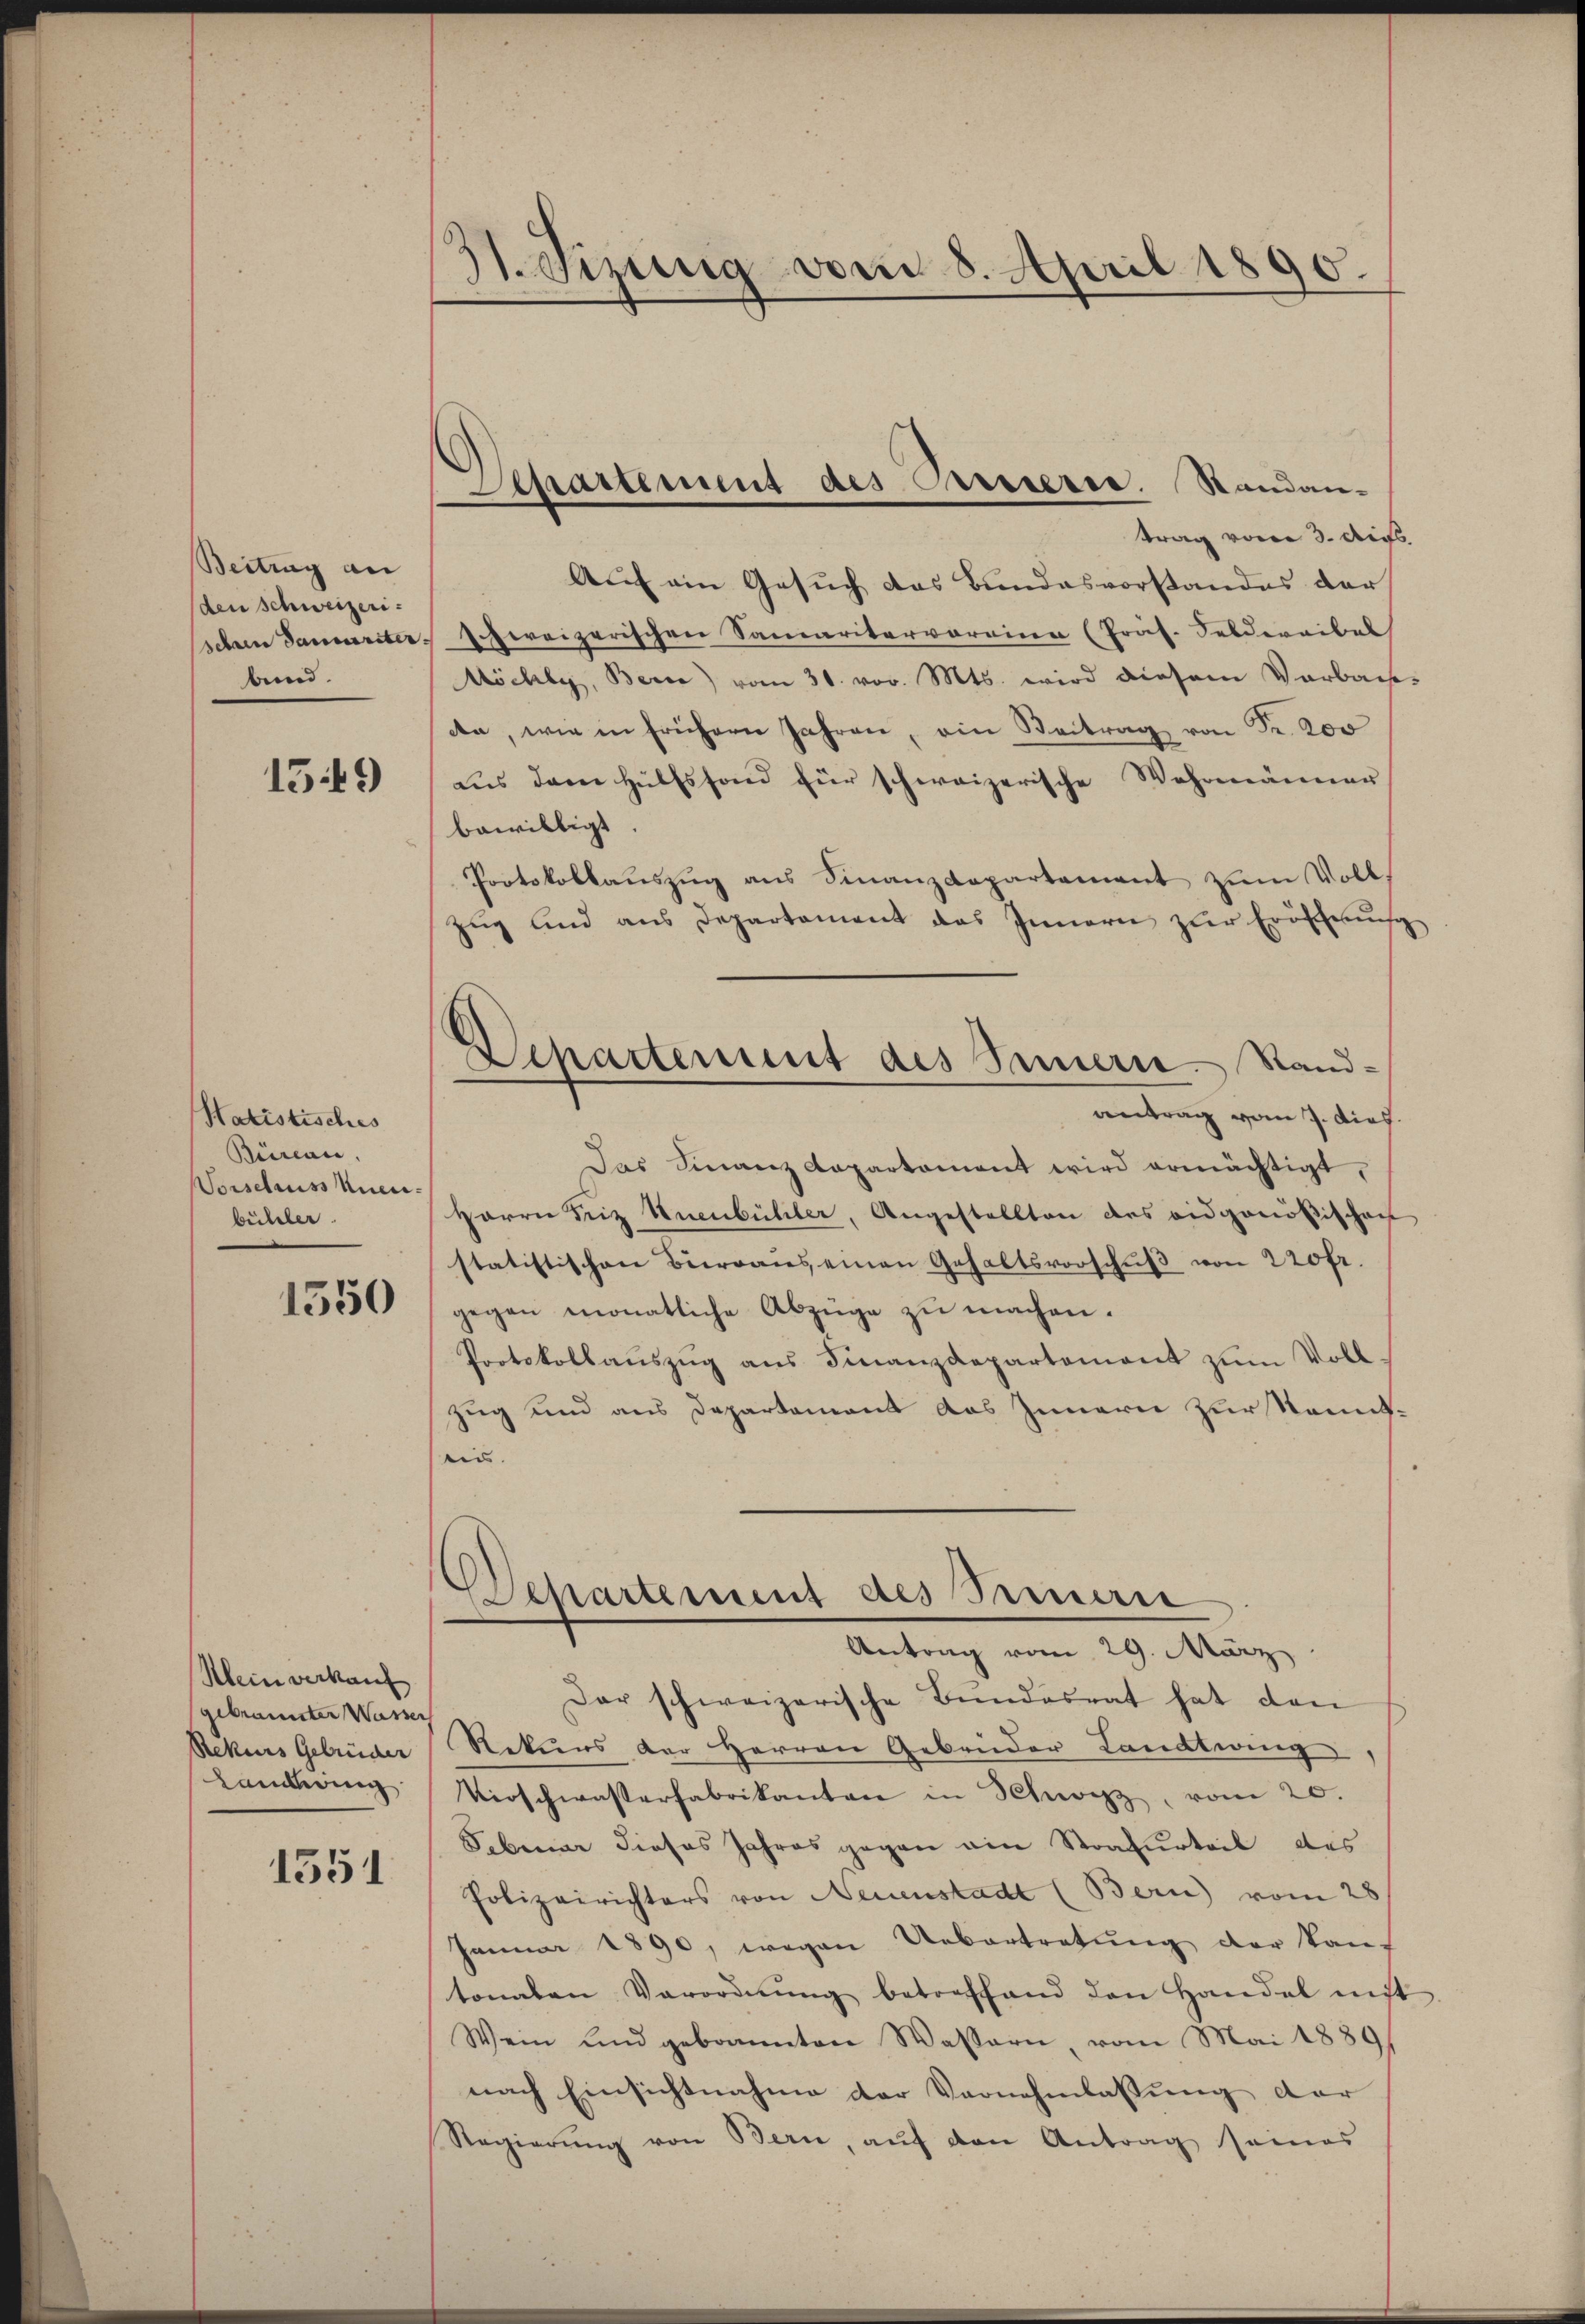
Beitrag an
den Schweizerisehain Samariter
bund.

1549

Hatistisches
Büreau.
Vorschaus Aner-
büller.

1550

Klein verkauf
gebräunter Wasser
Rekurs Gebrüder
Landring

1551

St. Gesung vom 8. April 1890.

Separtenung des Casserse. Standan-

Dchartement des Innern. Stand-
antrag vom 7. dies.

trag vom 3. Au
Auf ein Gesuch das Bundesvorstandes der
opereizerischen Samaritervoreien (Präs. Soldereibel
Möchly, Beren vom 31. vor. Mts. wird diesem Vorbau-
an, wie in früherer Jahren, ein Beitrag von Fr. 200
aŭs dem Hülfsfond für schweizerische Wahrmänner
bewilligt.
Protokollauszug aus Finanzdepartement zum Volls
Zug und aus Departament das Innern zur Eröschnung
Das Finanzdepartament wird ermächtigt,
Herrn Friz Huenbühler, Angestellten des eidgenößischen
statistischen Büreaus einen Gehaltsvorschŭβ von 220 fr.
gegen monatliche Abzüge zu machen.
Protokollaŭszŭg aŭs Finanzdepartement zŭm Voll-
zug und aus Departement das Innern zur Kennteis.
Departement des Seinern
Antrag vom 29. März
Dar schweizerische Bundesrat hat den
Rekŭrs der Herren Gebrüder Landtwing
Verschwasserfabrikanton in Schwyz, vom 20.
Februar dieses Jahres gegen ain Strafurteil des
Polizeirichters von Neuenstadt (Bern) vom 28
Januar 1890, wegen Uebertretung der aus
tonalen Verordnŭng betreffend den Handel mit
Wen und gebrannten Wassern, vom Mai 1889
nach Einsichtnahme der Vernehmlassung der
Regierŭng von Bern, aŭf den Antrag seines